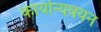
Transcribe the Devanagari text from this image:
कार्यान्यवयन